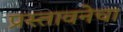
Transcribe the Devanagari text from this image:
प्रस्तावनेचा